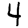
Digit: 4